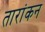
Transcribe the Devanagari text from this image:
तारांकन